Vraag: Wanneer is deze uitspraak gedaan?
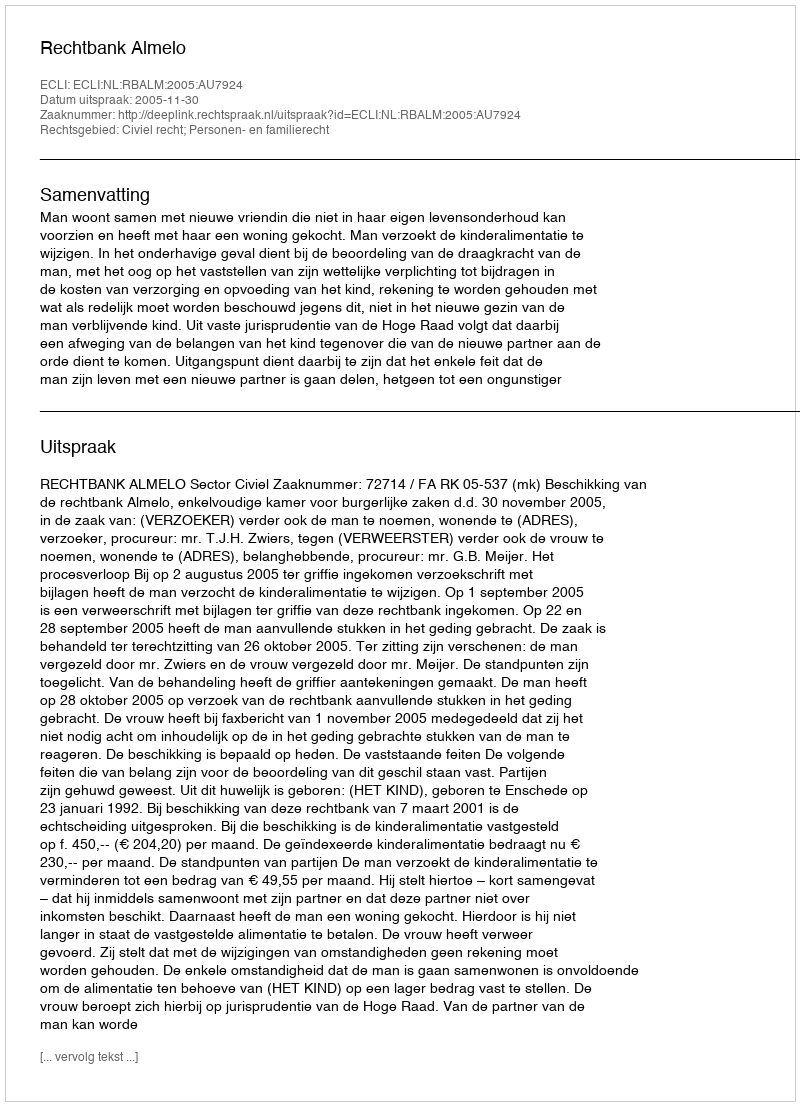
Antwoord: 2005-11-30